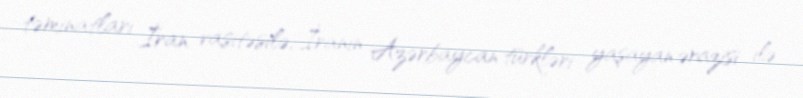
təminatları İran vasitəsilə, İranın Azərbaycan türkləri yaşayan ərazisi ilə